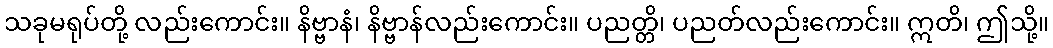
သခုမရုပ်တို့ လည်းကောင်း။ နိဗ္ဗာနံ၊ နိဗ္ဗာန်လည်းကောင်း။ ပညတ္တိ၊ ပညတ်လည်းကောင်း။ ဣတိ၊ ဤသို့။